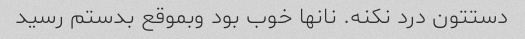
دستتون درد نکنه. نانها خوب بود وبموقع بدستم رسید